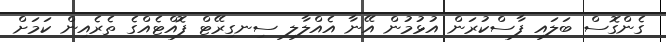
ގެންގޮސް ބަލައި ފާސްކުރަން އުޅުމުން އޭނާ އެއްލާލި ސިނގިރޭޓް ފޮއްޓެއްގެ ތެރެއިން ކަމަށް